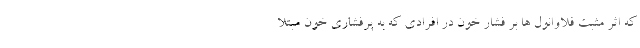
که اثر مثبت فلاوانول ها بر فشار خون در افرادی که به پرفشاری خون مبتلا